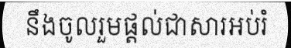
នឹងចូលរួមផ្តល់ជាសារអប់រំ